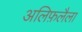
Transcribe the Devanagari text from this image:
अलिफ़लैला